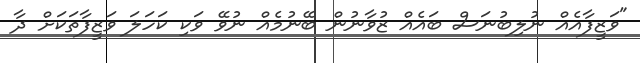
"ވަޒީފާއެއް ނުލިބުނަސް ބައެއް ޒުވާނުން ބޭނުމެއް ނުވޭ ވަކި ކަހަލަ ވަޒީފާތަކަށް ދާ